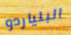
البلياردو